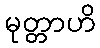
မုတ္တာဟိ